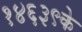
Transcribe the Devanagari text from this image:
१४६३९के